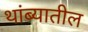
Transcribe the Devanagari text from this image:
थांब्यातील